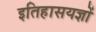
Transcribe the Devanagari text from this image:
इतिहासयज्ञों